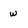
Character: w